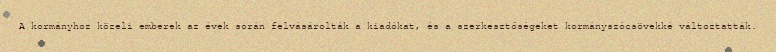
A kormányhoz közeli emberek az évek során felvásárolták a kiadókat, és a szerkesztőségeket kormányszócsövekké változtatták.